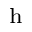
_ \mathrm { h }